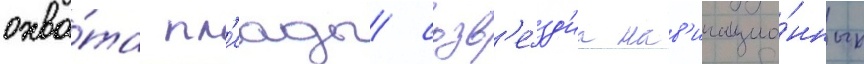
охва́та пл'еады/ созв'е́зд'иа нав'игацио́нных